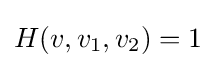
H(v,v_{1},v_{2})=1